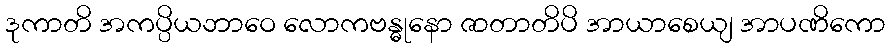
ဒုကာတိ အကပ္ပိယဘာဝေ လောကဗန္ဓုနော ဇာတာတိပိ အာယာစေယျ အာပဏိကော